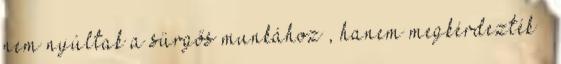
nem nyúltak a sürgős munkához , hanem megkérdezték „